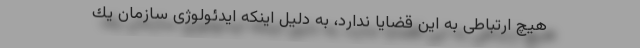
هیچ ارتباطی به این قضایا ندارد، به دلیل اینكه ایدئولوژی سازمان یك